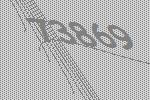
73869